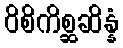
ဝိစိကိစ္ဆဆိန္နံ